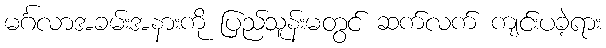
မင်္ဂလာအခမ်းအနားကို ပြည်သူန်းမတွင် ဆက်လက် ကျင်းပခဲ့ရား